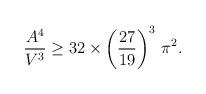
LaTeX: \begin{align*}\frac{A^4}{V^3} \ge 32 \times\left(\frac{27}{19}\right)^3\,\pi^2.\end{align*}